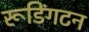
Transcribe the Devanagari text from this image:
रूडिंगटन